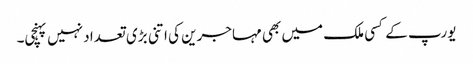
یورپ کے کسی ملک میں بھی مہاجرین کی اتنی بڑی تعداد نہیں پہنچی۔